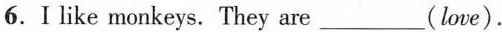
6.I like monkeys. They are____(love).